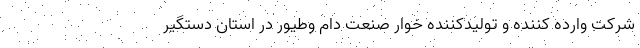
شرکت وارده کننده و تولیدکننده خوار صنعت دام وطیور در استان دستگیر